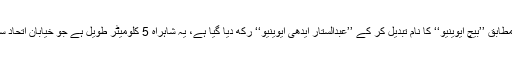
ڈی ایچ اے انتظامیہ کے مطابق ’’بیچ ایوینیو‘‘ کا نام تبدیل کر کے ’’عبدالستار ایدھی ایوینیو‘‘ رکھ دیا گیا ہے، یہ شاہراہ 5 کلومیٹر طویل ہے جو خیابان اتحاد سے دو دریا تک جاتی ہے۔